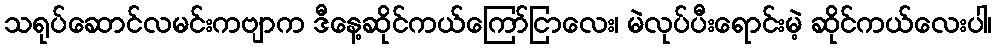
သရုပ်ဆောင်လမင်းကဗျာက ဒီနေ့ဆိုင်ကယ်ကြော်ငြာလေး၊ မဲလုပ်ပီးရောင်းမဲ့ ဆိုင်ကယ်လေးပါ၊